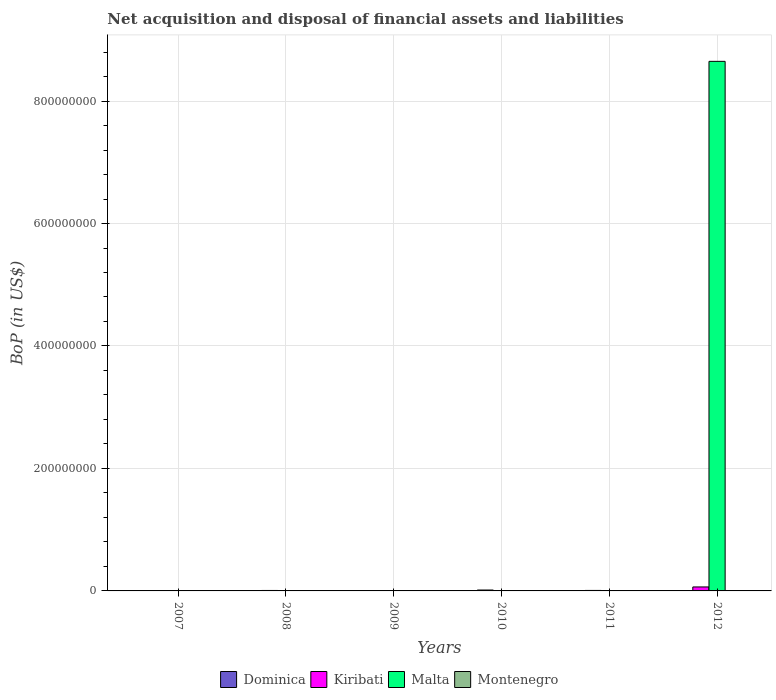
| Years | Dominica | Kiribati | Malta | Montenegro |
 | --- | --- | --- | --- | --- |
 | 2007 | -2.87e+07 | -7.16e+06 | -2.68e+08 | -1.68e+09 |
 | 2008 | -5.2e+07 | 7.43e+05 | -6.7e+08 | -2.13e+09 |
 | 2009 | -4.2e+07 | -4.74e+06 | -9.49e+06 | -8.9e+08 |
 | 2010 | -5.4e+07 | 1.46e+06 | -8.97e+07 | -6.96e+08 |
 | 2011 | -6.54e+07 | 8.14e+05 | -1.5e+08 | -5.54e+08 |
 | 2012 | -7.51e+07 | 6.49e+06 | 8.65e+08 | -4.43e+08 |